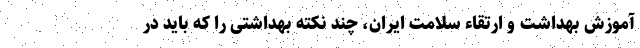
آموزش بهداشت و ارتقاء سلامت ایران، چند نکته بهداشتی را که باید در